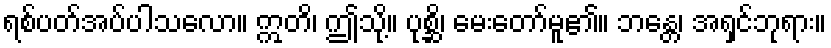
ရစ်ပတ်အပ်ပါသလော။ ဣတိ၊ ဤသို့။ ပုစ္ဆိ၊ မေးတော်မူ၏။ ဘန္တေ၊ အရှင်ဘုရား။